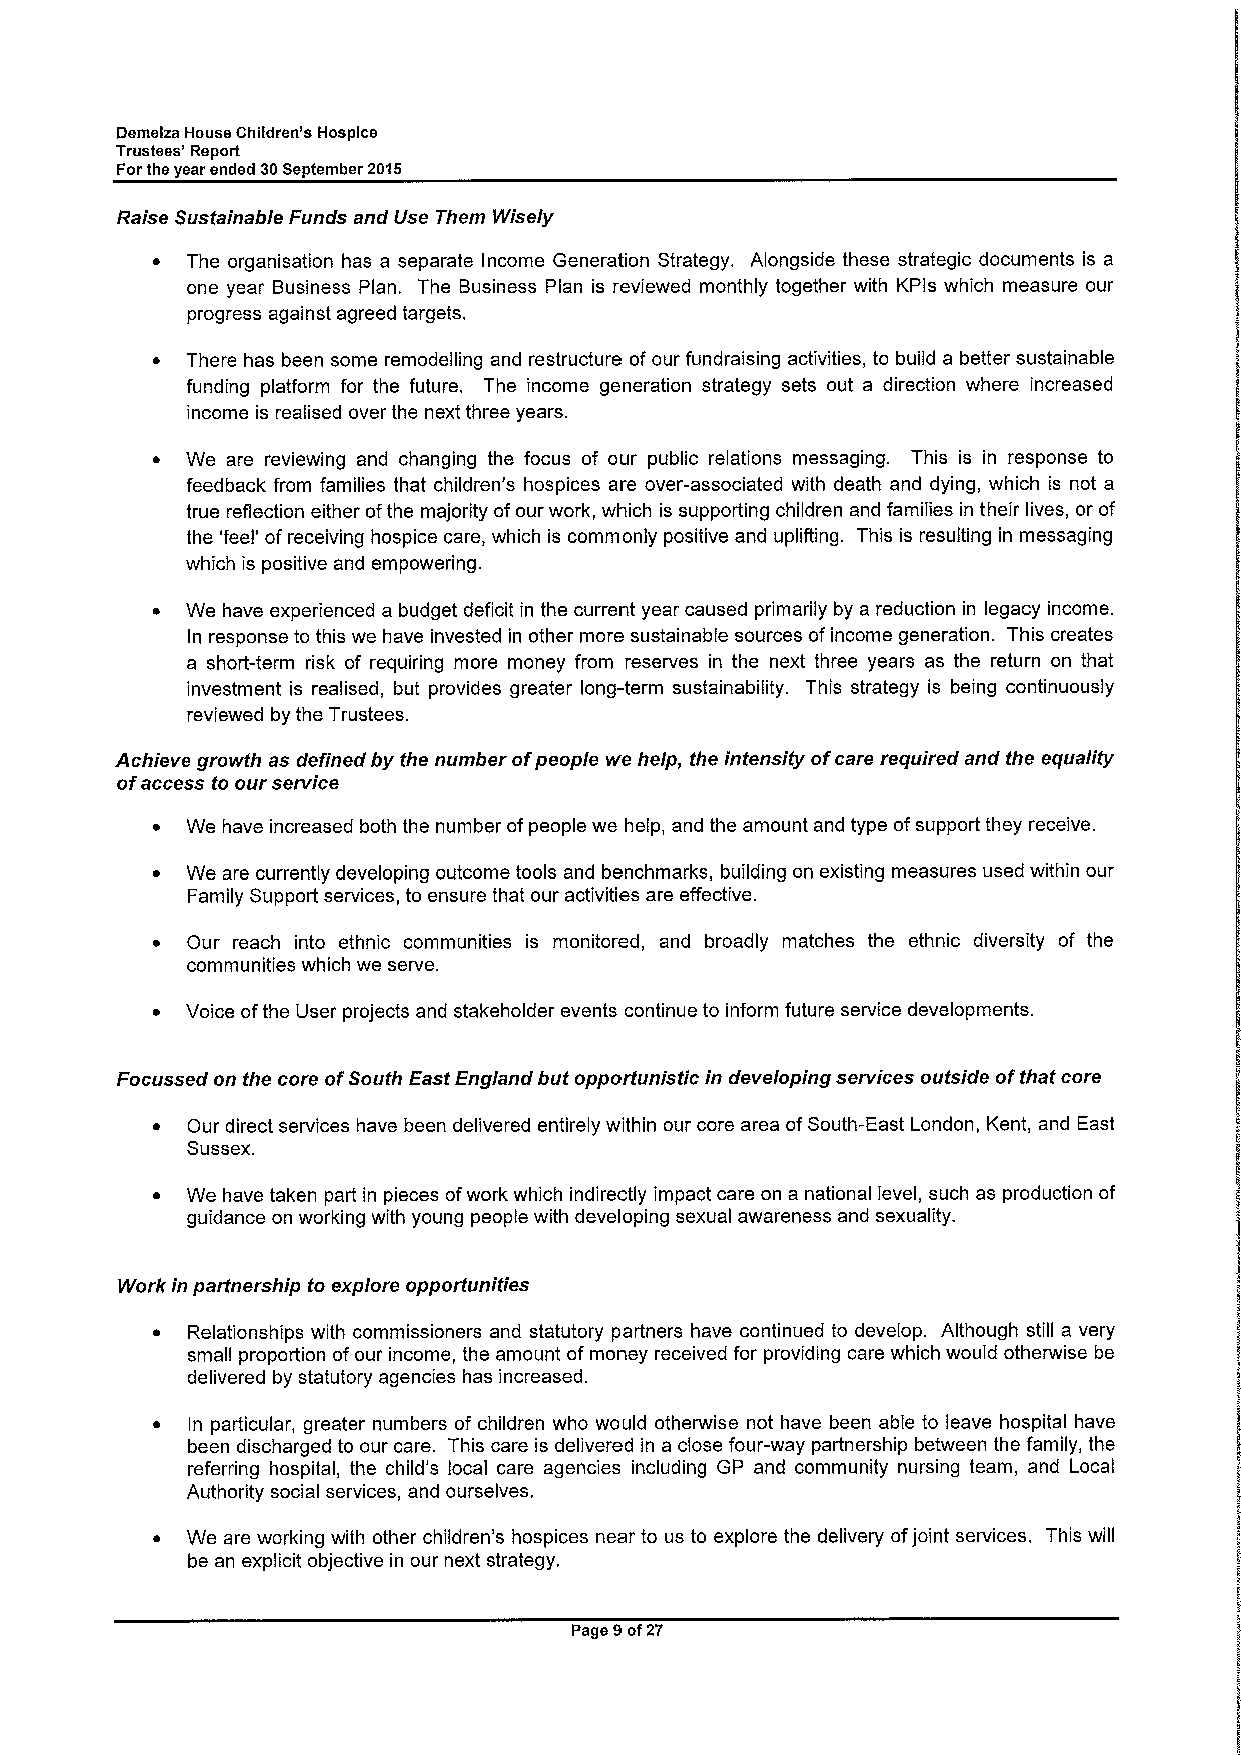
Demelza House Children's Hospice
 Trustees' Report
 Forthe year ended 30Septemder 2015
 Raise Sustainable Funds and Use Them Wisely
 ~ The organisation has a separate Income Generation Strategy. Alongside these strategic documents is a
 one year Business Plan. The Business Plan is reviewed monthly together with KPls which measure our
 progress against agreed targets.
 ~ There has been some remodelling and restructure of our fundraising activities, to build a better sustainable
 funding platform for the future. The income generation strategy sets out a direction where increased
 income is realised over the next three years.
 ~ We are reviewing and changing the focus of our public relations messaging. This is in response to
 feedback from families that children's hospices are over-associated with death and dying, which is not a
 true reflection either ofthe majority ofour work, which is supporting children and families in their lives, or of
 the 'feel' of receiving hospice care, which is commonly positive and uplifting. This is resulting in messaging
 which is positive and empowering.
 ~ We have experienced a budget deficit in the current year caused primarily by a reduction in legacy income.
 In response to this we have invested in other more sustainable sources ofincome generation. This creates
 a short-term risk of requiring more money from reserves in the next three years as the return on that
 investment is realised, but provides greater long-term sustainability. This strategy is being continuously
 reviewed by the Trustees.
 Achieve growth as defined by the number ofpeople we help, the intensity ofcare required and the equality
 ofaccess to our service
 ~ We have increased both the number ofpeople we help, and the amount and type ofsupport they receive.
 ~ We are currently developing outcome tools and benchmarks, building on existing measures used within our
 Family Support services, to ensure that our activities are effective.
 ~ Our reach into ethnic communities is monitored, and broadly matches the ethnic diversity of the
 communities which we serve.
 ~ Voice ofthe User projects and stakeholder events continue to inform future service developments.
 Focussed on the core ofSouth East England but opportunistic in developing services outside ofthat core
 ~ Our direct services have been delivered entirely within our core area ofSouth-East London, Kent, and East
 Sussex.
 ~ We have taken part in pieces ofwork which indirectly impact care on a national level, such as production of
 guidance on working with young people with developing sexual awareness and sexuality.
 Workin partnership to explore opportunities
 ~ Relationships with commissioners and statutory partners have continued to develop. Although still a very
 small proportion ofour income, the amount ofmoney received for providing care which would otherwise be
 delivered by statutory agencies has increased.
 ~ In particular, greater numbers of children who would otherwise not have been able to leave hospital have
 been discharged to our care. This care is delivered in a close four-way partnership between the family, the
 referring hospital, the child's local care agencies including GP and community nursing team, and Local
 Authority social services, and ourselves.
 ~ We are working with other children's hospices near to us to explore the delivery ofjoint services. This will
 be an explicit objective in our next strategy.
 Page 9of27